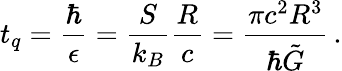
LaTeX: t_{q}=\frac{\hbar}{\epsilon}=\frac{S}{k_{B}}\frac{R}{c}=\frac{\pi c^{2}R^{3}}{\hbar\tilde{G}}\, .